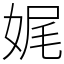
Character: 娓